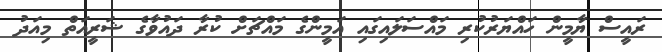
ރައީސް ޔާމީން ހައްޔަރުކުރި މައްސަލައިގައި އަމީންގެ މައްޗަށް ކުރާ ދައުވާގެ ޝަރީއަތް މިއަދު